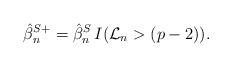
LaTeX: \begin{align*}\hat{\beta}_n^{S+} = \hat{\beta}_n^{S} \, I(\mathcal{L}_n > (p-2)).\end{align*}